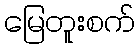
မြေတူးစက်